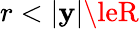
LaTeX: r<|{\boldsymbol{\mathbf{y}}}|\leR